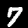
Digit: 7